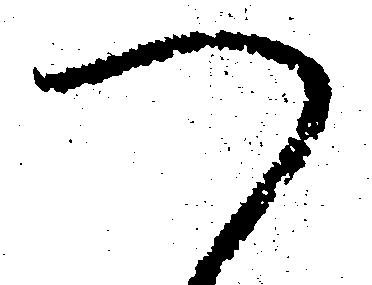
つ